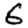
Digit: 6